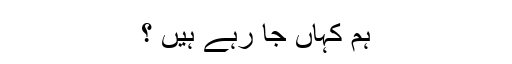
ہم کہاں جا رہے ہیں ؟